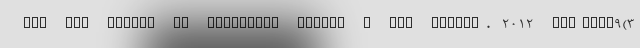
and the effect of sanctions Indian J Med Ethics. 2012 Jul-Sep;9(3